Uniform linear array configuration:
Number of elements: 48
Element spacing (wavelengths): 0.25
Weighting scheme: exponential
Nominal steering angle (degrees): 45
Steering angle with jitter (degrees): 46.4
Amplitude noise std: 0.05
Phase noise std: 0.05

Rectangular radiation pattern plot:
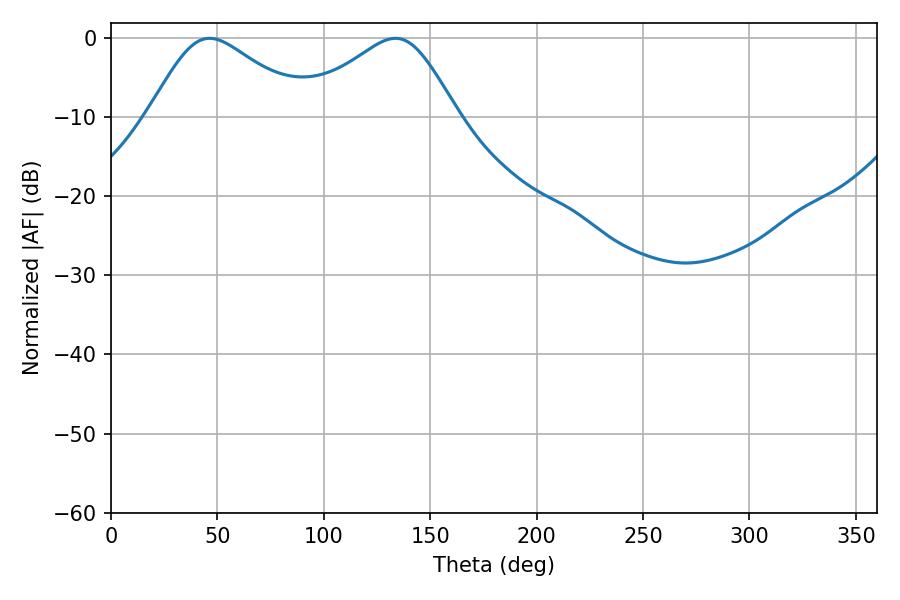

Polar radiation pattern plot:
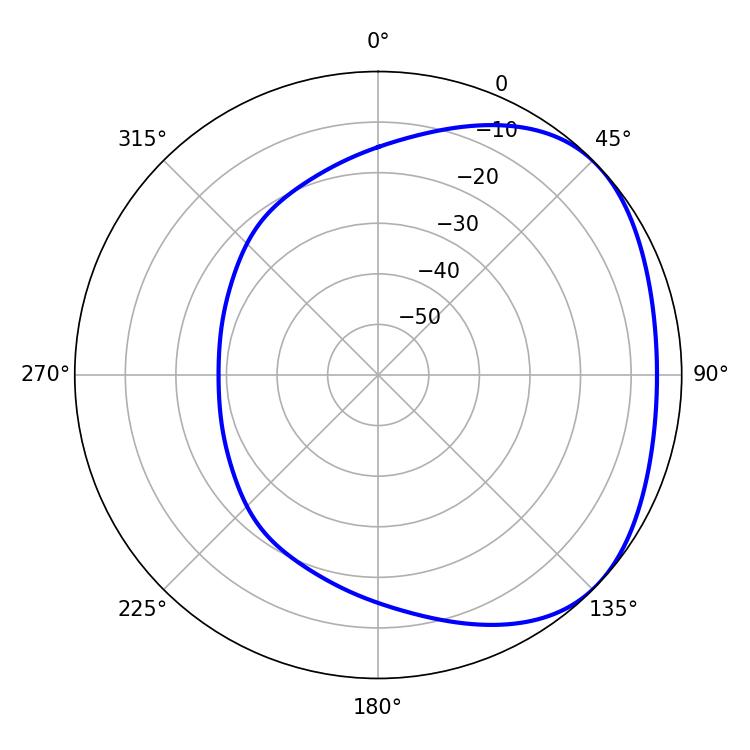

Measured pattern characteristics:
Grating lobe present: FALSE
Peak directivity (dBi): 2.619
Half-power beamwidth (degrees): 36.72
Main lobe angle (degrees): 46.26